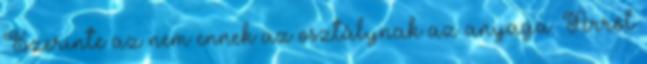
Szerinte az nem ennek az osztálynak az anyaga. Arról